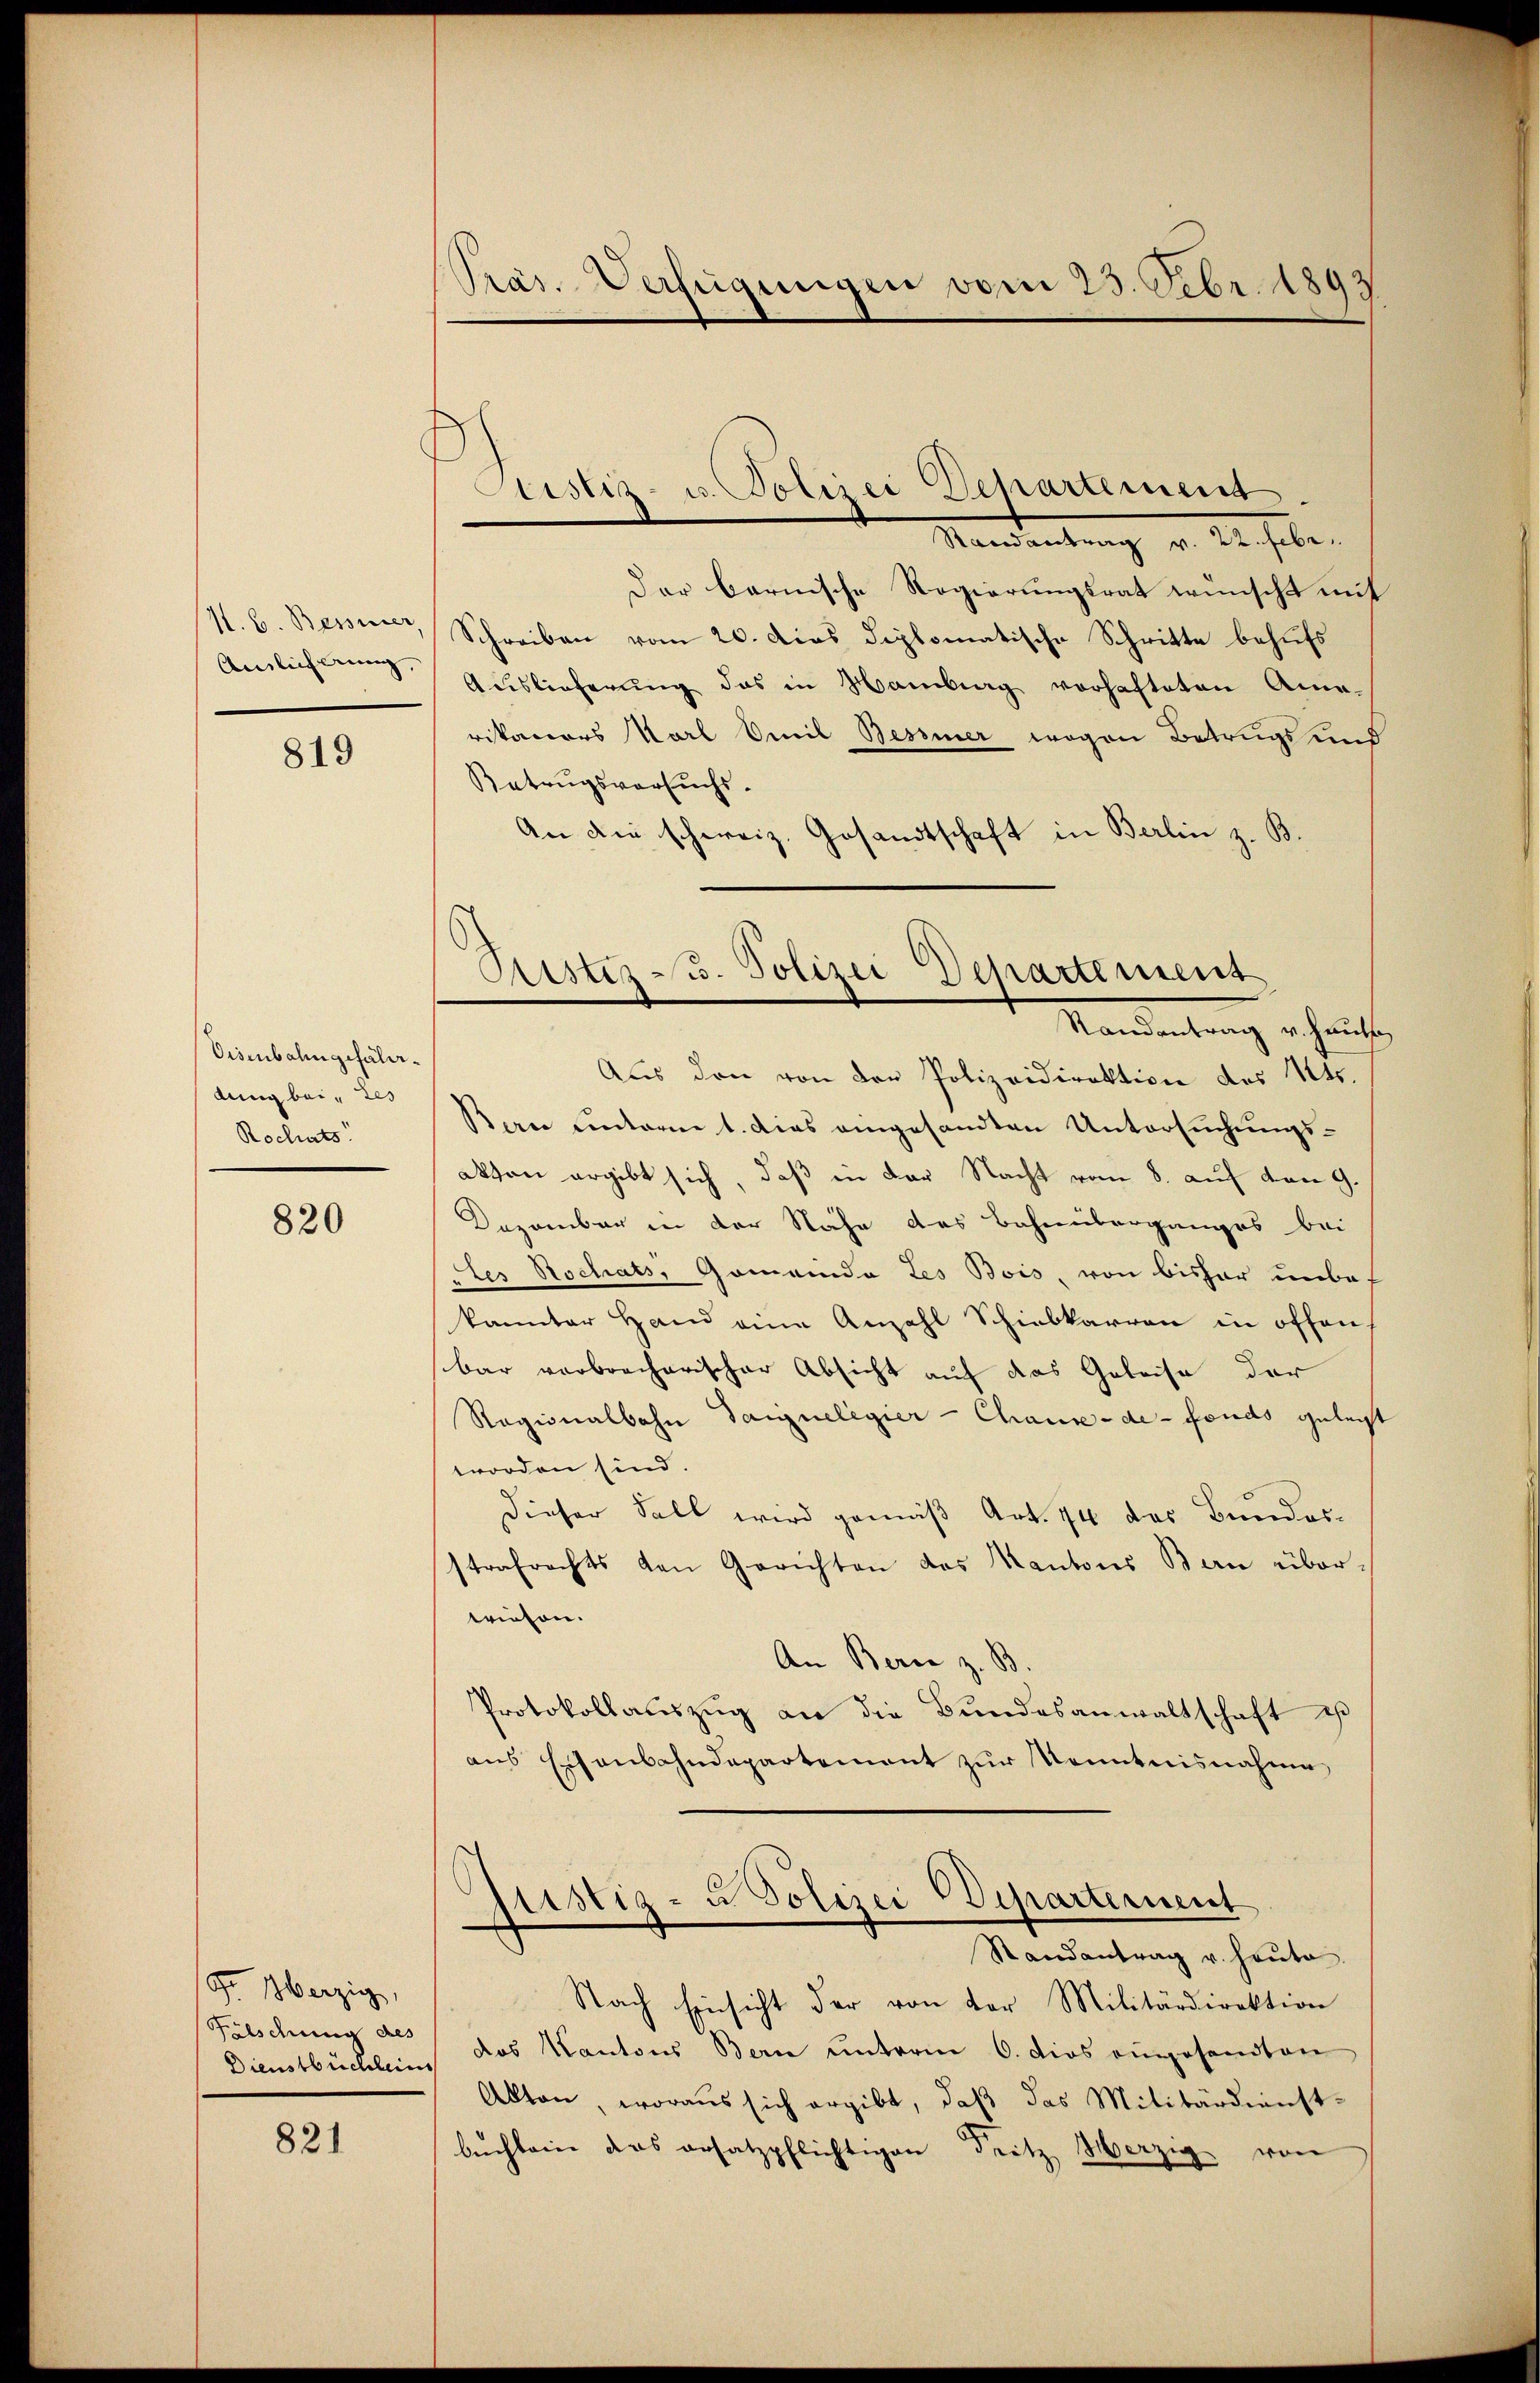
H. B. Besserer,
Amlicherung,

819

Disenbahngefällidung bei tes
Rochats

820

Fr. Merzig,
Fälschung des

821

Pras. Verfügungen vom 25. Febr. 1893

Atistiz- u. Polizei Departement

Kister u. Polizei Departement
Randantrag v. Haus

Mandantung v. M. selben
Der barnische Regierungsrat wünscht mit
Schreiben vom 20. dies diplomatische Schritte behufs
Auslieferŭng das in Hamberg vorhafteten Ame-
rikaners Karl Omil Besser wegen Betrugs und
Ratrugsversuchs-
An die schweiz. Gesandtschaft in Berlin z. B.
Aus den von der Polizeidirektion des 12t.
Bern unterm 1. dies eingesandten Untersuchungsakon ergibt sich, daß in der Nacht vom 8. auf den 9.
Dezember in der Nähe des Bahnüberganges bei
Des Hochats, Gemeinde Les Bois von bisher unbef
kannter Hand eine Anzahl Schiebkarren in offen.
bar verbrecherischer Absicht auf das Geleise der
Ragionalbahn Gaignelegier-Chaux-de-Fonds gelegt
worden sind.
Dieser Fall wird gemäß Art. 74 des Bundes-
strafrechts den Gerichten das Kantons Bern überwiesen.
An Berne z. B.
Protokollauszug an die Bundesanwaltschaft es
ans Eisenbahndepartement zur Kenntnisnahme
Justiz- u Polizei Departernent
Randantrag v. heute.
Nach Einsicht der von der Militärdirektion
Dienstbüchlein das Kantons Bern unterm 6. dies eingesandten
Akten, woraus sich ergibt, daß das Militärdienst-
bichleine das ersatzpflichtigen Fritz Herzig von